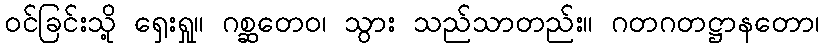
ဝင်ခြင်းသို့ ရှေးရှု။ ဂစ္ဆတေဝ၊ သွား သည်သာတည်း။ ဂတဂတဋ္ဌာနတော၊